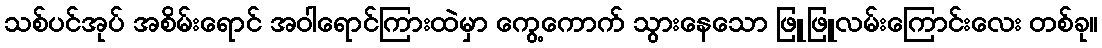
သစ်ပင်အုပ် အစိမ်းရောင် အဝါရောင်ကြားထဲမှာ ကွေ့ကောက် သွားနေသော ဖြူဖြူလမ်းကြောင်းလေး တစ်ခု။